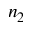
n _ { 2 }